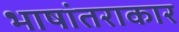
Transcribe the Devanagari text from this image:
भाषांतराकार